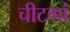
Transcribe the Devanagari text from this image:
चीटगां